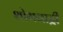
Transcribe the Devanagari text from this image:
शोभनाद्री